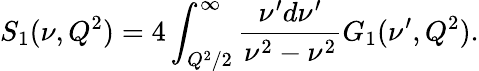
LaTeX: S_{1}(\nu,Q^{2})=4\int_{Q^{2}/2}^{\infty}{\frac{\nu^{\prime}d\nu^{\prime}}{\nu^{2}-\nu^{2}}}G_{1}(\nu^{\prime},Q^{2}).